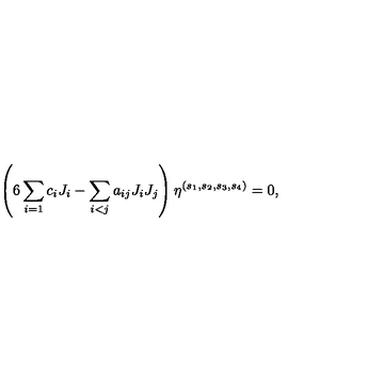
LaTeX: \left( 6 \sum _ { i = 1 } c _ { i } J _ { i } - \sum _ { i < j } a _ { i j } J _ { i } J _ { j } \right) \eta ^ { ( s _ { 1 } , s _ { 2 } , s _ { 3 } , s _ { 4 } ) } = 0 ,